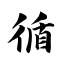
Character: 循